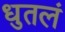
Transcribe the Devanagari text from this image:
धुतलं